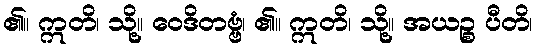
၏။ ဣတိ၊ သို့။ ဝေဒိတဗ္ဗံ၊ ၏။ ဣတိ၊ သို့။ အယဉ္စ ပီတိ၊